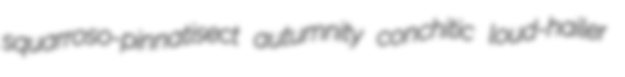
squarroso-pinnatisect autumnity conchitic loud-hailer